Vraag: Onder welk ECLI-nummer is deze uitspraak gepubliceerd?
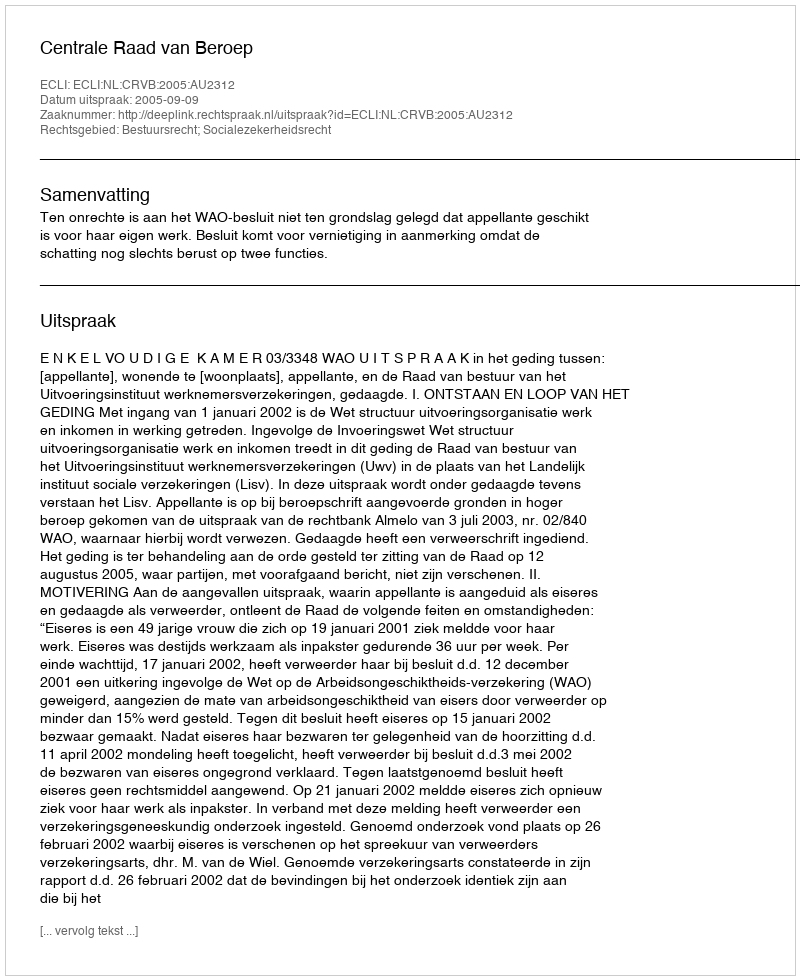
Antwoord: ECLI:NL:CRVB:2005:AU2312